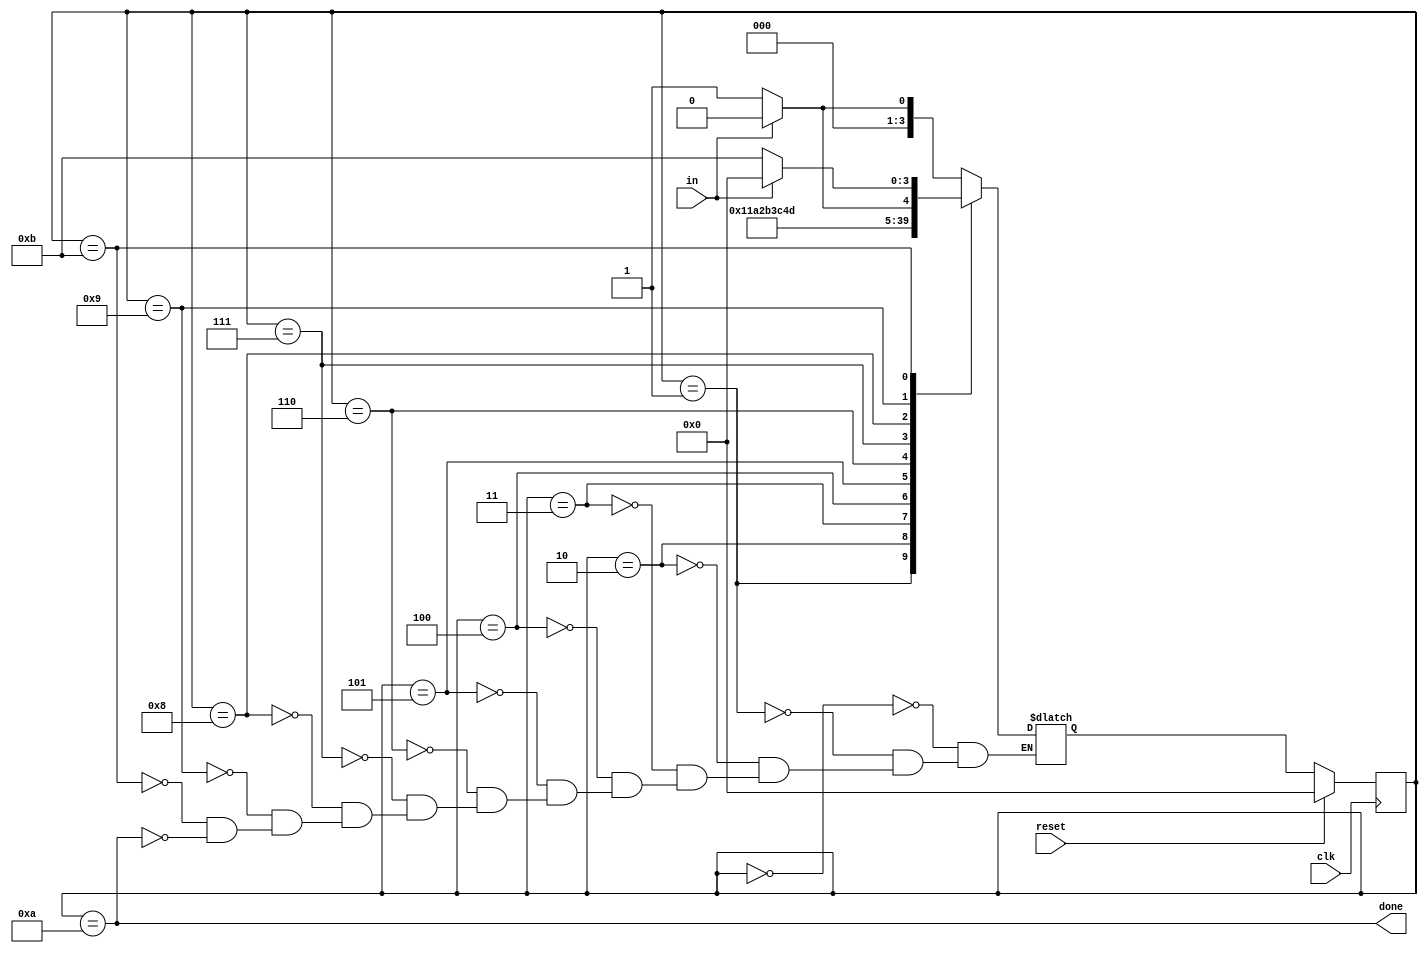
module top_module(
    input clk,
    input in,
    input reset,    // Synchronous reset
    output done
); 
	parameter IDLE = 4'b0000;
    parameter START = 4'b0001;
    parameter BIT1 = 4'b0010;
    parameter BIT2 = 4'b0011;
    parameter BIT3 = 4'b0100;
    parameter BIT4 = 4'b0101;
    parameter BIT5 = 4'b0110;
    parameter BIT6 = 4'b0111;
    parameter BIT7 = 4'b1000;
    parameter BIT8 = 4'b1001;
    parameter STOP = 4'b1010;
    parameter WAIT = 4'b1011;
    reg[3:0] state, next_state;
    
    always@(posedge clk)begin
        if(reset)state = IDLE;
        else state = next_state;
    end
    
    always@(*)begin
        case(state)
            IDLE:begin
                if(in)next_state = IDLE;
                else next_state = START;
            end
            START:next_state = BIT1;
            BIT1:next_state = BIT2;
            BIT2:next_state = BIT3;
            BIT3:next_state = BIT4;
            BIT4:next_state = BIT5;
            BIT5:next_state = BIT6;
            BIT6:next_state = BIT7;
            BIT7:next_state = BIT8;
            BIT8:begin
                if(in)next_state = STOP;
                else next_state = WAIT;
            end
            WAIT:begin
                if(in)next_state = IDLE;
                else next_state = WAIT;
            end
            STOP:begin
                if(in)next_state = IDLE;
                else next_state = START;
            end
        endcase
    end
    always@(*)begin
        done = state==STOP;
    end
endmodule